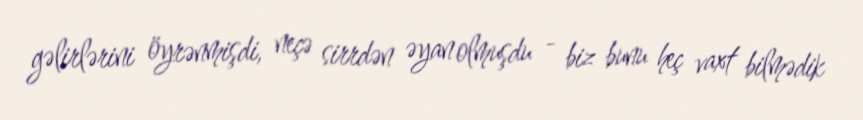
gəlirlərini öyrənmişdi, neçə sirrdən əyan olmuşdu - biz bunu heç vaxt bilmədik